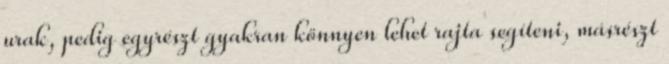
urak, pedig egyrészt gyakran könnyen lehet rajta segíteni, másrészt